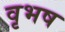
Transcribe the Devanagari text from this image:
वृभष